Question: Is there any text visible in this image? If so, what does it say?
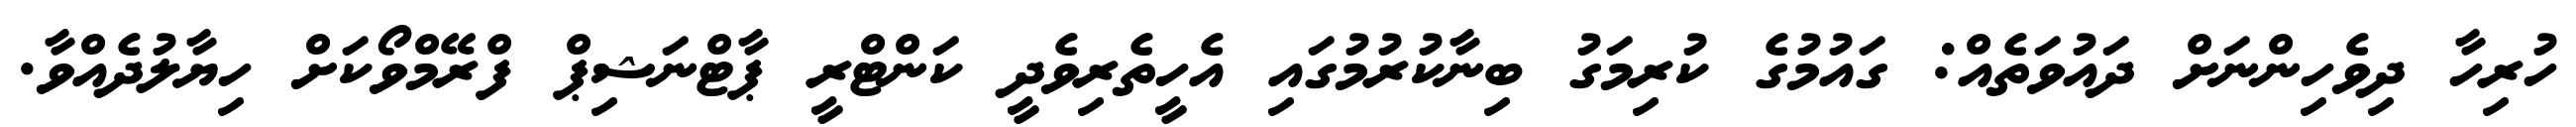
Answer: ހުރިހާ ދިވެހިންނަށް ދައުވަތެއް: ގައުމުގެ ކުރިމަގު ބިނާކުރުމުގައި އެހީތެރިވެދީ ކަންޓްރީ ޕާޓްނަޝިޕް ފްރޭމްވޯކަށް ހިޔާލުދެއްވާ.